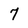
Character: 7